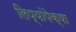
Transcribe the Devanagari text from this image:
लिप्यांपेक्षा